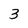
Character: 3